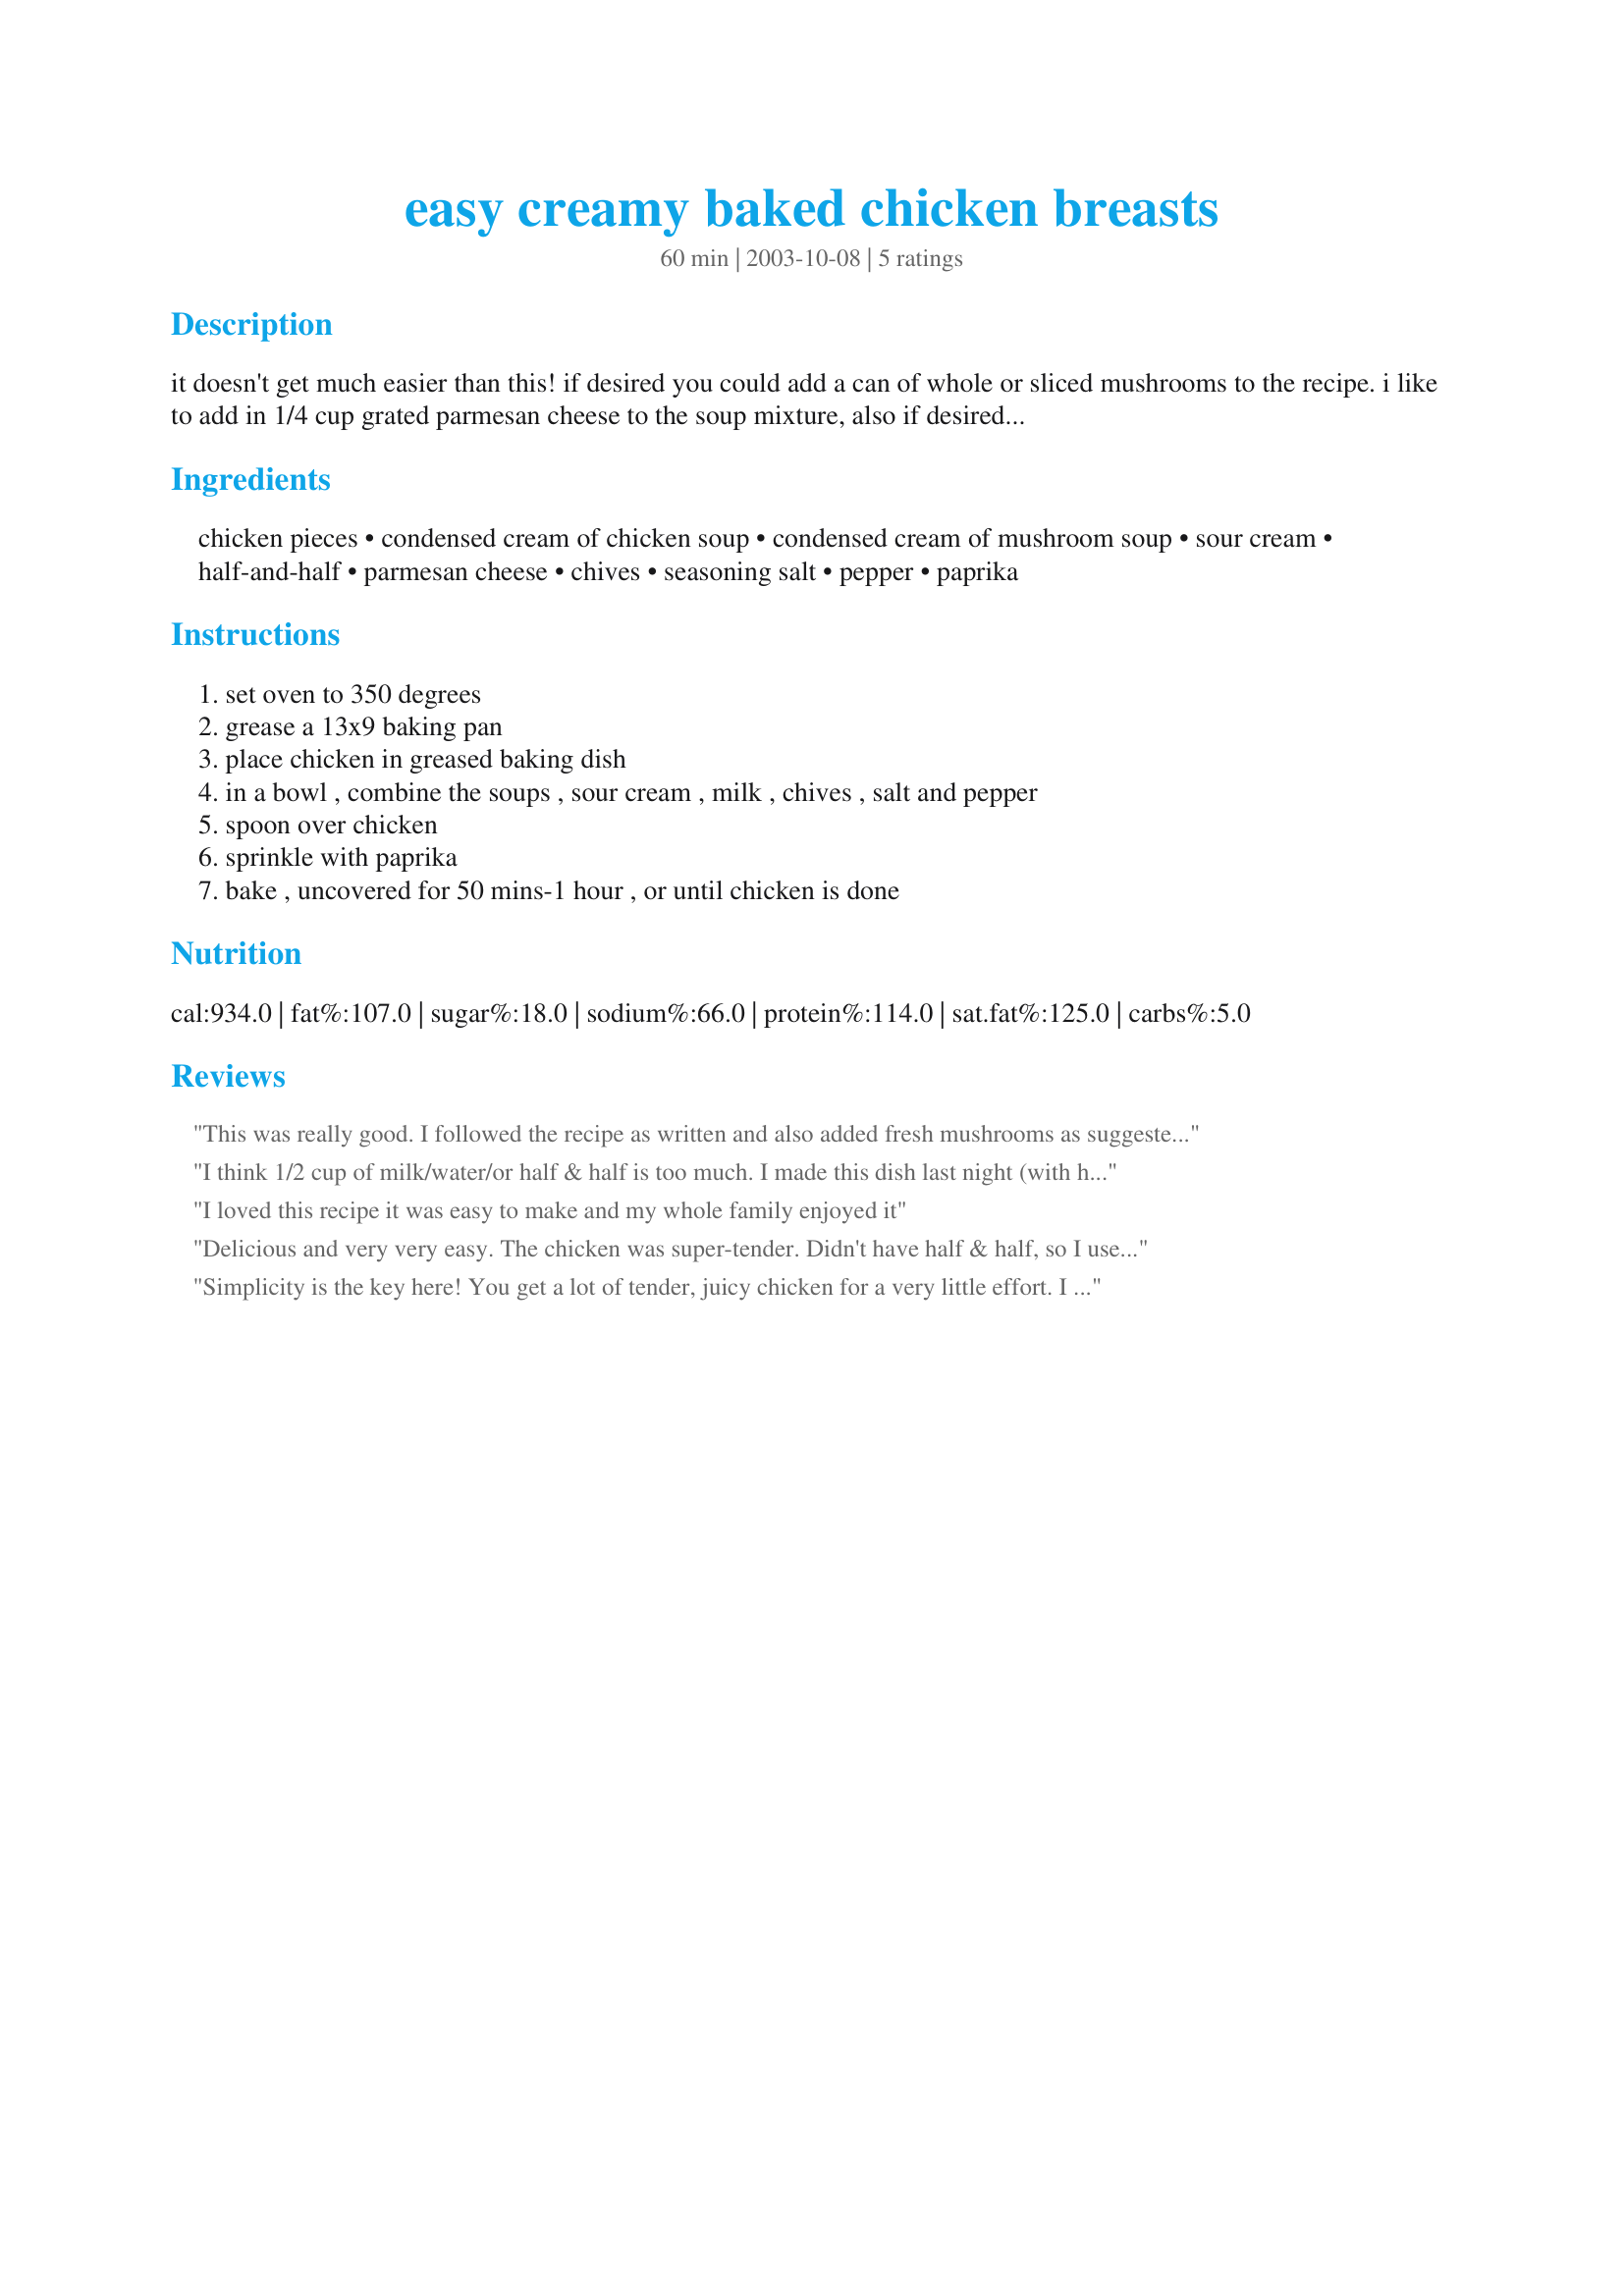
easy creamy baked chicken breasts
Preparation time: 60 minutes

it doesn't get much easier than this! if desired you could add a can of whole or sliced mushrooms to the recipe. i like to add in 1/4 cup grated parmesan cheese to the soup mixture, also if desired you can sprinkle grated cheddar cheese on top the last 5 minutes of baking, and brown the breasts in butter firstly and reduce cooking time slighty.

Ingredients:
chicken pieces, condensed cream of chicken soup, condensed cream of mushroom soup, sour cream, half-and-half, parmesan cheese, chives, seasoning salt, pepper, paprika

Steps:
set oven to 350 degrees, grease a 13x9 baking pan, place chicken in greased baking dish, in a bowl , combine the soups , sour cream , milk , chives , salt and pepper, spoon over chicken, sprinkle with paprika, bake , uncovered for 50 mins-1 hour , or until chicken is done

Reviews:
This was really good. I followed the recipe as written and also added fresh mushrooms as suggested. I cooked this in the crockpot. Really enjoyed it.
I think 1/2 cup of milk/water/or half & half is too much. I made this dish last night (with half & half) and it was delicious, but more runny than I would've liked. Also, I substituted the cream of mushroom soup with cream of broccoli (I hate mushrooms!)and it was so good! Pairs well with mashed potatoes or stuffing, and steamed broccoli.
I loved this recipe it was easy to make and my whole family enjoyed it
Delicious and very very easy. The chicken was super-tender. Didn't have half & half, so I used buttermilk instead. I stirred chopped onions into the soup mixture before topping the chicken. Next time I'm going to try mixing in a little broccoli too. Yum!
Simplicity is the key here! You get a lot of tender, juicy chicken for a very little effort. I had all the ingredients on hand to make this dish. Even after a full day of putting away Christmas decorations and completely exhausted I was still able to put this dish on the table in a flash. Thanks for a quick and delicious supper, Kittencal!
